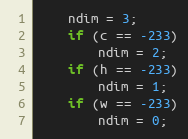
Language: C++
    ndim = 3;
    if (c == -233)
        ndim = 2;
    if (h == -233)
        ndim = 1;
    if (w == -233)
        ndim = 0;